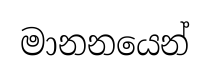
මානනයෙන්